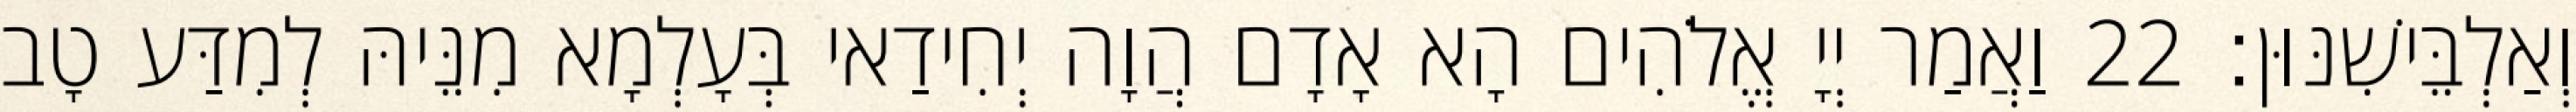
וְאַלְבֵּישִׁנּוּן׃ 22 וַאֲמַר יְיָ אֱלֹהִים הָא אָדָם הֲוָה יְחִידַאי בְּעָלְמָא מִנֵּיהּ לְמִדַּע טָב